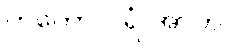
တတော ပရံ အာဟ